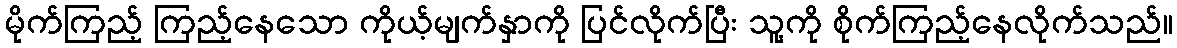
မိုက်ကြည့် ကြည့်နေသော ကိုယ့်မျက်နှာကို ပြင်လိုက်ပြီး သူ့ကို စိုက်ကြည့်နေလိုက်သည်။